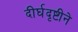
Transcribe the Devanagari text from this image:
दीर्घदृष्टीने